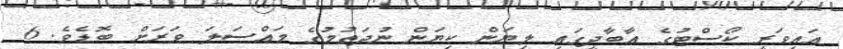
އައިވަރީ ކޯސްޓުގެ އާބާދީގައި ލިޔަން ކިޔަން ނުދަތުމުގެ މައްސަލަ ވަރަށް ބޮޑެވެ. 6